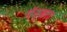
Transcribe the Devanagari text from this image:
पॅन्काउ